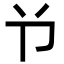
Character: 兯